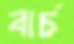
বার্চ